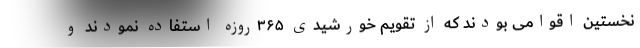
نخستین اقوامی بودند که از تقویم خورشیدی ۳۶۵روزه استفاده نمودند و